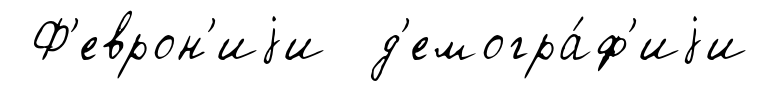
Ф'еврон'иjи д'емогра́ф'иjи